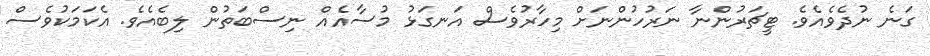
ގަނެ ނުދެވެއެވެ. ޓީޗަރުންނާ ނަރުހުންނަށް މިހާރުވެސް އަނގަޅު މުސާއެއް ނިސްބަތުން ލިބެއެވެ. އެކަމަކުވެސް